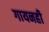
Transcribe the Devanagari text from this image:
गायनही